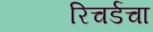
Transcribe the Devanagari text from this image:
रिचर्डचा